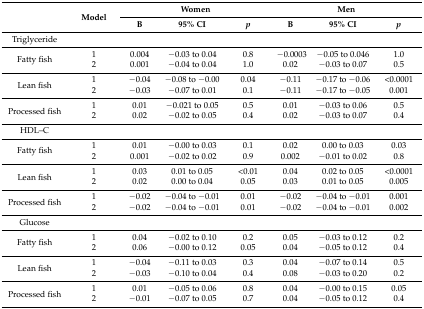
<table><thead><tr><td rowspan="2"></td><td rowspan="2"><b>Model</b></td><td colspan="3"><b>Women</b></td><td colspan="3"><b>Men</b></td></tr><tr><td><b>B</b></td><td><b>95% CI</b></td><td><b><i>p</i></b></td><td><b>B</b></td><td><b>95% CI</b></td><td><b><i>p</i></b></td></tr></thead><tbody><tr><td>Triglyceride</td><td></td><td></td><td></td><td></td><td></td><td></td><td></td></tr><tr><td rowspan="2">Fatty fish</td><td>1</td><td>0.004</td><td>−0.03 to 0.04</td><td>0.8</td><td>−0.0003</td><td>−0.05 to 0.046</td><td>1.0</td></tr><tr><td>2</td><td>0.001</td><td>−0.04 to 0.04</td><td>1.0</td><td>0.02</td><td>−0.03 to 0.07</td><td>0.5</td></tr><tr><td rowspan="2">Lean fish</td><td>1</td><td>−0.04</td><td>−0.08 to −0.00</td><td>0.04</td><td>−0.11</td><td>−0.17 to −0.06</td><td>&lt;0.0001</td></tr><tr><td>2</td><td>−0.03</td><td>−0.07 to 0.01</td><td>0.1</td><td>−0.11</td><td>−0.17 to −0.05</td><td>0.001</td></tr><tr><td rowspan="2">Processed fish</td><td>1</td><td>0.01</td><td>−0.021 to 0.05</td><td>0.5</td><td>0.01</td><td>−0.03 to 0.06</td><td>0.5</td></tr><tr><td>2</td><td>0.02</td><td>−0.02 to 0.05</td><td>0.4</td><td>0.02</td><td>−0.03 to 0.07</td><td>0.4</td></tr><tr><td>HDL–C</td><td></td><td></td><td></td><td></td><td></td><td></td><td></td></tr><tr><td rowspan="2">Fatty fish</td><td>1</td><td>0.01</td><td>−0.00 to 0.03</td><td>0.1</td><td>0.02</td><td>0.00 to 0.03</td><td>0.03</td></tr><tr><td>2</td><td>0.001</td><td>−0.02 to 0.02</td><td>0.9</td><td>0.002</td><td>−0.01 to 0.02</td><td>0.8</td></tr><tr><td rowspan="2">Lean fish</td><td>1</td><td>0.03</td><td>0.01 to 0.05</td><td>&lt;0.01</td><td>0.04</td><td>0.02 to 0.05</td><td>&lt;0.0001</td></tr><tr><td>2</td><td>0.02</td><td>0.00 to 0.04</td><td>0.05</td><td>0.03</td><td>0.01 to 0.05</td><td>0.005</td></tr><tr><td rowspan="2">Processed fish</td><td>1</td><td>−0.02</td><td>−0.04 to −0.01</td><td>0.01</td><td>−0.02</td><td>−0.04 to −0.01</td><td>0.001</td></tr><tr><td>2</td><td>−0.02</td><td>−0.04 to −0.01</td><td>0.01</td><td>−0.02</td><td>−0.04 to −0.01</td><td>0.002</td></tr><tr><td>Glucose</td><td></td><td></td><td></td><td></td><td></td><td></td><td></td></tr><tr><td rowspan="2">Fatty fish</td><td>1</td><td>0.04</td><td>−0.02 to 0.10</td><td>0.2</td><td>0.05</td><td>−0.03 to 0.12</td><td>0.2</td></tr><tr><td>2</td><td>0.06</td><td>−0.00 to 0.12</td><td>0.05</td><td>0.04</td><td>−0.05 to 0.12</td><td>0.4</td></tr><tr><td rowspan="2">Lean fish</td><td>1</td><td>−0.04</td><td>−0.11 to 0.03</td><td>0.3</td><td>0.04</td><td>−0.07 to 0.14</td><td>0.5</td></tr><tr><td>2</td><td>−0.03</td><td>−0.10 to 0.04</td><td>0.4</td><td>0.08</td><td>−0.03 to 0.20</td><td>0.2</td></tr><tr><td rowspan="2">Processed fish</td><td>1</td><td>0.01</td><td>−0.05 to 0.06</td><td>0.8</td><td>0.04</td><td>−0.00 to 0.15</td><td>0.05</td></tr><tr><td>2</td><td>−0.01</td><td>−0.07 to 0.05</td><td>0.7</td><td>0.04</td><td>−0.05 to 0.12</td><td>0.4</td></tr></tbody></table>